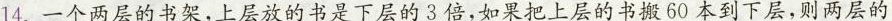
14.一个两层的书架，上层放的书是下层的3倍，如果把上层的书搬60本到下层，则两层的